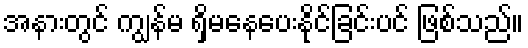
အနားတွင် ကျွန်မ ရှိမနေပေးနိုင်ခြင်းပင် ဖြစ်သည်။